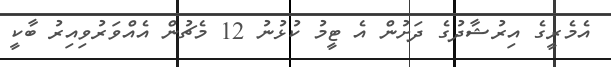
އެމެރީގެ އިރުޝާދުގެ ދަށުން އެ ޓީމު ކުޅުނު 12 މެޗުން އެއްވަރުވިއިރު ބާކީ